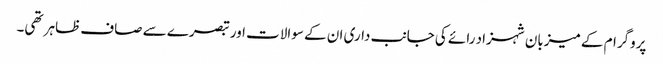
پروگرام کے میزبان شہزاد رائے کی جانب داری ان کے سوالات اور تبصرے سے صاف ظاہر تھی۔